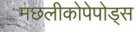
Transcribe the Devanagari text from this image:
मछलीकोपेपोड्स